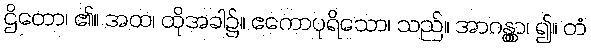
ဌိတော၊ ၏။ အထ၊ ထိုအခါ၌။ ဧကောပုရိသော၊ သည်။ အာဂန္တွာ၊ ၍။ တံ